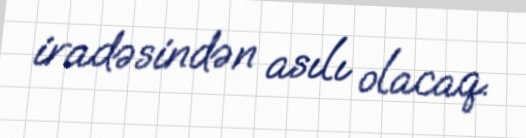
iradəsindən asılı olacaq.